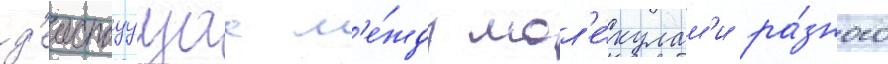
д'еиствуущаа м'е́жду мол'е́кулам'и ра́зного